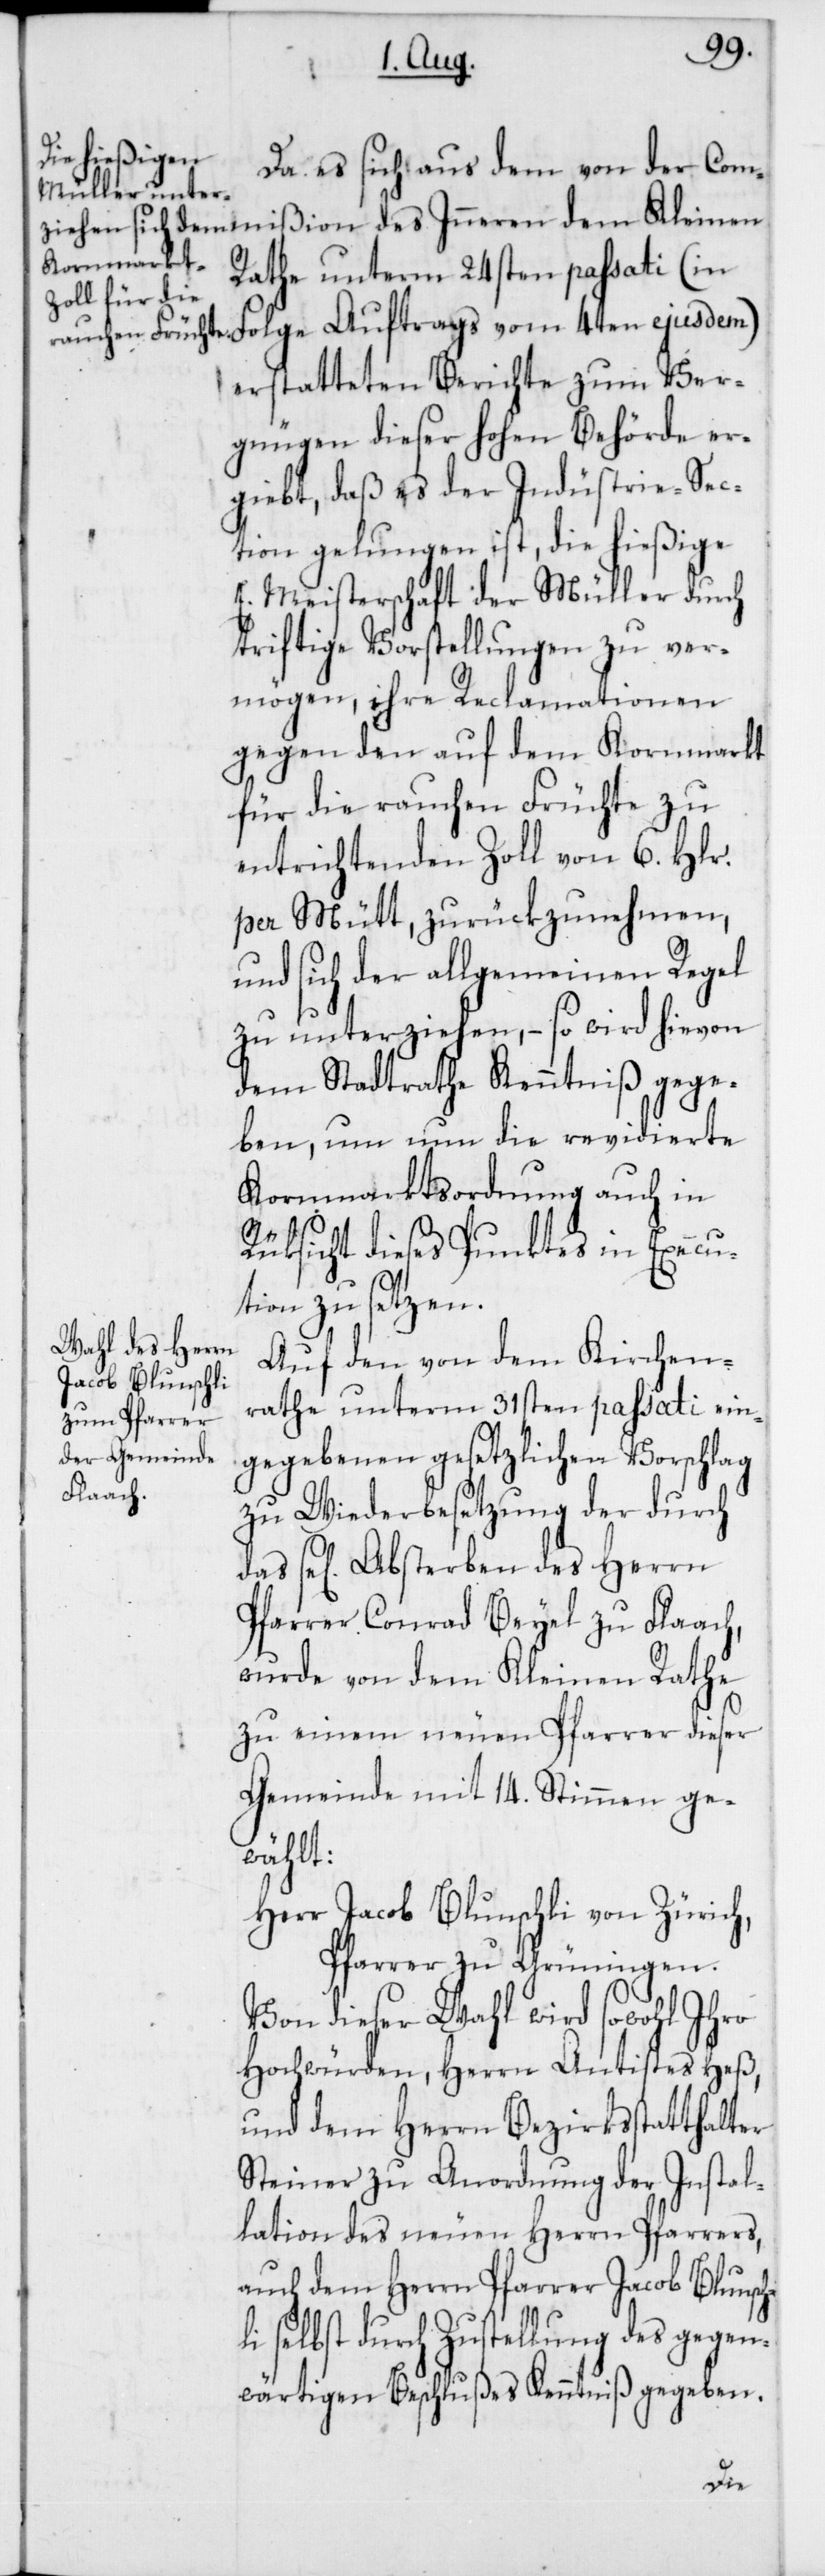
Da es sich aus dem von der Comm¬
Rathe unterm 24sten passati (in
erstatteten Berichte zum Ver¬
gnügen dieser hohen Behörde er¬
gibt, daß es der Industrie-Sec¬
tion gelungen ist, die hießige
E. Meisterschaft der Müller durch
triftige Vorstellungen zu ver¬
mögen, ihre Reclamationen
gegen den auf dem Kornmarkt
für die rauhen Früchte zu
entrichtenden Zoll von 6. Hlr.
per Mütt, zurükzunehmen,
und sich der allgemeinen Regel
zu unterziehen, – so wird hievon
dem Stadtrathe Kenntniß gege¬
ben, um nun die revidierte
Kornmarktsordnung auch in
Rüksicht dieses Punktes in Execu¬
tion zu setzen.
Auf den von dem Kirchen¬
rathe unterm 31sten passati ein¬
gegebenen gesetzlichen Vorschlag
zu Wiederbesetzung der durch
se[lige] Absterben des Herrn
Pfarrer Conrad Beyel zu Flaach,
wurde von dem Kleinen Rathe
zu einem neuen Pfarrer dieser
Gemeinde mit 14. Stimmen ge¬
wählt:
Herr Jacob Blunschli von Zürich,
Pfarrer zu Grüningen.
Von dieser Wahl wird sowohl ihro
Hochwürden Herrn Antistes Heß,
und dem Herrn Bezirksstatthalter
Steiner zu Anordnung der Instal¬
lation des neuen Herrn Pfarrers,
auch dem Herrn Pfarrer Jacob Blunsch¬
li selbst durch Zustellung des gegen¬
wärtigen Beschlußes Kenntniß gegeben.
Folge